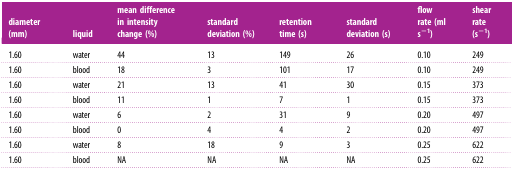
<table><thead><tr><td><b>diameter (mm)</b></td><td><b>liquid</b></td><td><b>mean difference in intensity change (%)</b></td><td><b>standard deviation (%)</b></td><td><b>retention time (s)</b></td><td><b>standard deviation (s)</b></td><td><b>flow rate (ml s<sup>−1</sup>)</b></td><td><b>shear rate (s<sup>−1</sup>)</b></td></tr></thead><tbody><tr><td>1.60</td><td>water</td><td>44</td><td>13</td><td>149</td><td>26</td><td>0.10</td><td>249</td></tr><tr><td>1.60</td><td>blood</td><td>18</td><td>3</td><td>101</td><td>17</td><td>0.10</td><td>249</td></tr><tr><td>1.60</td><td>water</td><td>21</td><td>13</td><td>41</td><td>30</td><td>0.15</td><td>373</td></tr><tr><td>1.60</td><td>blood</td><td>11</td><td>1</td><td>7</td><td>1</td><td>0.15</td><td>373</td></tr><tr><td>1.60</td><td>water</td><td>6</td><td>2</td><td>31</td><td>9</td><td>0.20</td><td>497</td></tr><tr><td>1.60</td><td>blood</td><td>0</td><td>4</td><td>4</td><td>2</td><td>0.20</td><td>497</td></tr><tr><td>1.60</td><td>water</td><td>8</td><td>18</td><td>9</td><td>3</td><td>0.25</td><td>622</td></tr><tr><td>1.60</td><td>blood</td><td>NA</td><td>NA</td><td>NA</td><td>NA</td><td>0.25</td><td>622</td></tr></tbody></table>